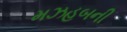
મઝહબની